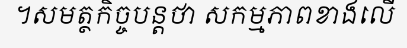
។សមត្ថកិច្ចបន្តថា សកម្មភាពខាងលើ